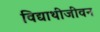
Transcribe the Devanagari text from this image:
विद्याथीजीवन